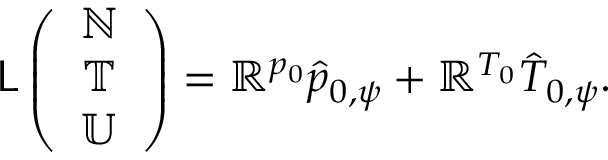
\mathsf { L } \left( \begin{array} { c } { \mathbb { N } } \\ { \mathbb { T } } \\ { \mathbb { U } } \end{array} \right) = \mathbb { R } ^ { p _ { 0 } } \hat { p } _ { 0 , \psi } + \mathbb { R } ^ { T _ { 0 } } \hat { T } _ { 0 , \psi } .